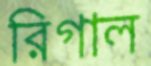
রিগাল